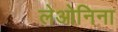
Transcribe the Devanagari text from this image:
लेओनिना